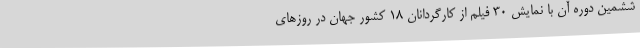
ششمین دوره آن با نمایش 30 فیلم از کارگردانان 18 کشور جهان در روزهای